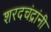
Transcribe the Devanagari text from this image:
शरदचंद्रांनी